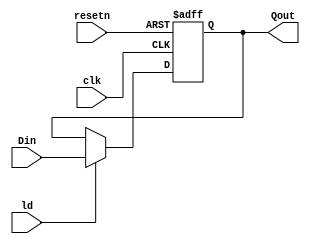
//Authors :
//	1. Harshad Bhausaheb Ugale
//	2. Mahesh Shahaji Patil

// Description :
//	This is register which will be used between 
//	2 stages.

//	use parameter value to specify width of reg.


module kbitwidthReg #(parameter WIDTH = 16)
	(
	input [WIDTH - 1 : 0] Din,
	input clk,resetn,ld,
	output reg [WIDTH - 1 : 0] Qout
); 

	initial
		Qout <= {WIDTH{1'b0}};

	always @(posedge clk or negedge resetn)
	begin
		if(!resetn)
			Qout <= {WIDTH{1'b0}};
		else
		begin
			if(ld)
				Qout <= Din;
			else
				Qout <= Qout;
		end
	end	
endmodule